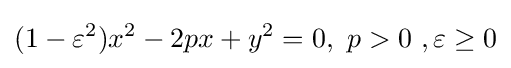
(1-\varepsilon ^{2})x^{2}-2px+y^{2}=0,\ p>0\ ,\varepsilon \geq 0